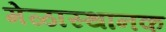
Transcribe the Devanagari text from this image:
मेळास्थानक